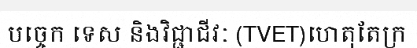
បច្ចេក ទេស និងវិជ្ជាជីវៈ (TVET)ហេតុតែក្រ